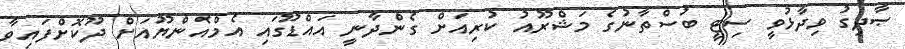
ޞާދިގު ވިދާޅުވީ ސިޓީ ބުސްތާނުގެ މަޝްރޫއު ކުރިއަށް ގެންދާނީ އައްޑޫގައި އެމްއެންޔޫއަށް ދޫކޮށްފައިވާ